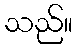
သည်။